Indian journal of veterinary science and animal husbandry - Volume 5,
Year: 1935
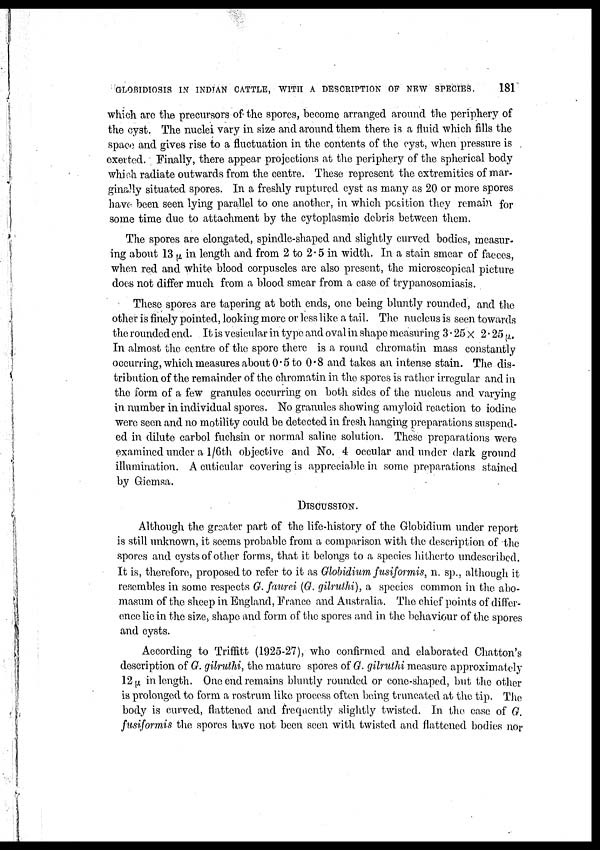
GLOBIDIOSIS IN INDIAN CATTLE, WITH A DESCRIPTION OF NEW SPECIES.
181
which are the precursors of the spores, become arranged around the periphery of
the cyst. The nuclei vary in size and around them there is a fluid which fills the
space and gives rise to a fluctuation in the contents of the cyst, when pressure is
exerted. Finally, there appear projections at the periphery of the spherical body
which radiate outwards from the centre. These represent the extremities of mar
ginally situated spores. In a freshly ruptured cyst as many as 20 or more spores
have been seen lying parallel to one another, in which position they remain for
some time due to attachment by the cytoplasmic debris between them.
The spores are elongated, spindle-shaped and slightly curved bodies, measur
ing about 13 μ in length and from 2 to 2.5 in width. In a stain smear of faeces,
when red and white blood corpuscles are also present, the microscopical picture
does not differ much from a blood smear from a case of trypanosomiasis.
These spores are tapering at both ends, one being bluntly rounded, and the
other is finely pointed, looking more or less like a tail. The nucleus is seen towards
the rounded end. It is vesicular in type and oval in shape measuring 3.25 × 2.25 μ.
In almost the centre of the spore there is a round chromatin mass constantly
occurring, which measures about 0.5 to 0.8 and takes an intense stain. The dis
tribution of the remainder of the chromatin in the spores is rather irregular and in
the form of a few granules occurring on both sides of the nucleus and varying
in number in individual spores. No granules showing amyloid reaction to iodine
were seen and no motility could be detected in fresh hanging preparations suspend
ed in dilute carbol fuchsin or normal saline solution. These preparations were
examined under a 1/6th objective and No. 4 occular and under dark ground
illumination. A cuticular covering is appreciable in some preparations stained
by Giemsa.
DISCUSSION.
Although the greater part of the life-history of the Globidium under report
is still unknown, it seems probable from a comparison with the description of the
spores and cysts of other forms, that it belongs to a species hitherto undescribed.
It is, therefore, proposed to refer to it as Globidium fusiformis, n. sp., although it
resembles in some respects G. faurei (G. gilruthi), a species common in the abo-
masum of the sheep in England, France and Australia. The chief points of differ
ence lie in the size, shape and form of the spores and in the behaviour of the spores
and cysts.
According to Triffitt (1925-27), who confirmed and elaborated Chatton's
description of G. gilruthi, the mature spores of G. gilruthi measure approximately
12 μ in length. One end remains bluntly rounded or cone-shaped, but the other
is prolonged to form a rostrum like process often being truncated at the tip. The
body is curved, flattened and frequently slightly twisted. In the case of G.
fusiformis the spores have not been seen with twisted and flattened bodies nor